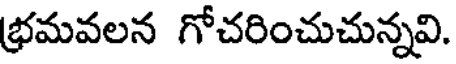
భ్రమవలన గోచరించుచున్నవి.